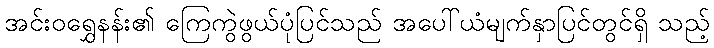
အင်းဝရွှေနန်း၏ ကြေကွဲဖွယ်ပုံပြင်သည် အပေါ်ယံမျက်နှာပြင်တွင်ရှိ သည့်